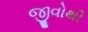
જીવોથી